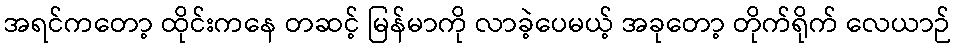
အရင်ကတော့ ထိုင်းကနေ တဆင့် မြန်မာကို လာခဲ့ပေမယ့် အခုတော့ တိုက်ရိုက် လေယာဉ်